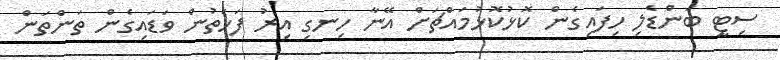
ސިޓީ ބަންޑެލި ހިފައިގެން ކޮޅުކޮޅުމައްޗަށް އޭނާ ހިނގި އިރު ފަހަތުން ވަޑައިގެން ތަންތަން